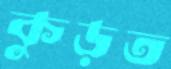
কুড়ত